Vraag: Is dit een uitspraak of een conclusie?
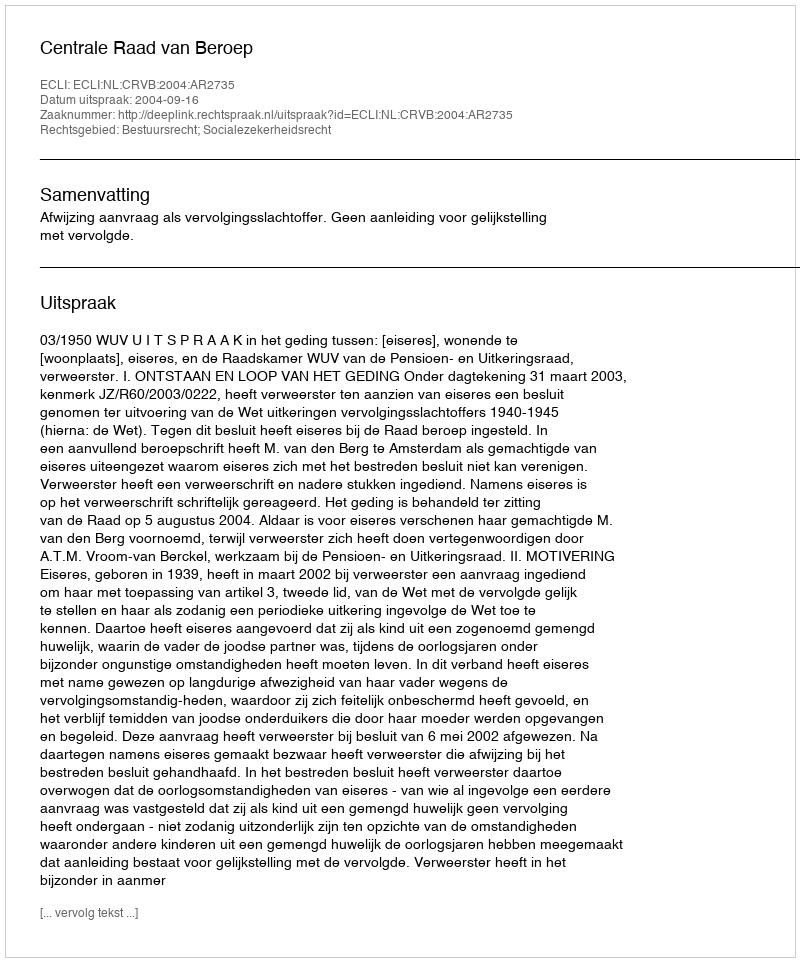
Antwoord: Uitspraak